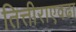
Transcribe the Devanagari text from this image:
तित्तीराएवढा